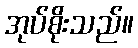
အုပ်စိုးသည်။